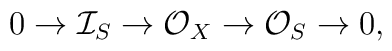
0\to \mathcal{I}_S\to \mathcal{O}_X\to \mathcal{O}_S\to 0,